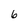
Character: 6